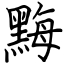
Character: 黣